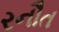
રનૌત